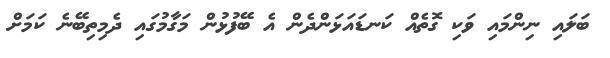
ބަލައި ނިންމައި ވަކި ގޮތެއް ކަނޑައަޅަންދެން އެ ބޭފުޅުން މަގާމުގައި ދެމިތިބޭނެ ކަމަށް